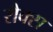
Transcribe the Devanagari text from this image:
रौक्स